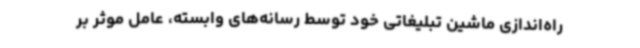
راه‌اندازی ماشین تبلیغاتی خود توسط رسانه‌های وابسته، عامل موثر بر